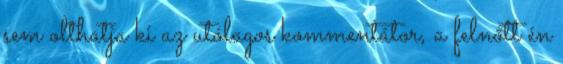
sem olthatja ki az utólagos kommentátor, a felnőtt én